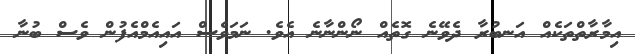
އިމާރާތްތަކެއް އަނބުރާ ދެވޭނެ ގޮތެއް ނޯންނާނެ އެވެ. ނަމަވެސް އައިއެމްއެފުން ވެސް ބުނާ